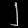
Digit: ၂